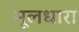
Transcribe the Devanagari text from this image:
मूलधारा